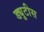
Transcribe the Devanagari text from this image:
ड्युटीस